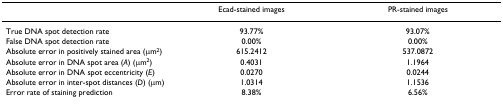
|  | Ecad-stained images | PR-stained images |
 | --- | --- | --- |
 | True DNA spot detection rate | 93.77% | 93.07% |
 | False DNA spot detection rate | 0.00% | 0.00% |
 | Absolute error in positively stained area (μm2) | 615.2412 | 537.0872 |
 | Absolute error in DNA spot area (A) (μm2) | 0.4031 | 1.1964 |
 | Absolute error in DNA spot eccentricity (E) | 0.0270 | 0.0244 |
 | Absolute error in inter-spot distances (D) (μm) | 1.0314 | 1.1536 |
 | Error rate of staining prediction | 8.38% | 6.56% |